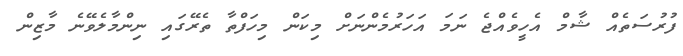
ފުރުސަތެއް ޝާމް އެހީވެއްޖެ ނަމަ އަހަރުމެންނަށް މިކަން މިހަފްތާ ތެރޭގައި ނިންމާލެވޭނެ މާޒިން